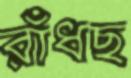
রাঁধছ